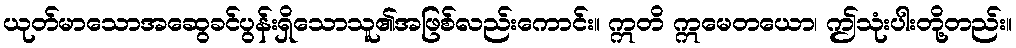
ယုတ်မာသောအဆွေခင်ပွန်းရှိသောသူ၏အဖြစ်လည်းကောင်း။ ဣတိ ဣမေတယော၊ ဤသုံးပါးတို့တည်း။